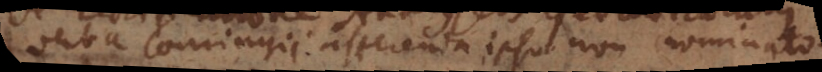
Verba Conringii afferenda ipso non nominato